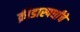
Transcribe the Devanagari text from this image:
क्रीडास्पर्धांचे